EAOK_Sinod, lk 22
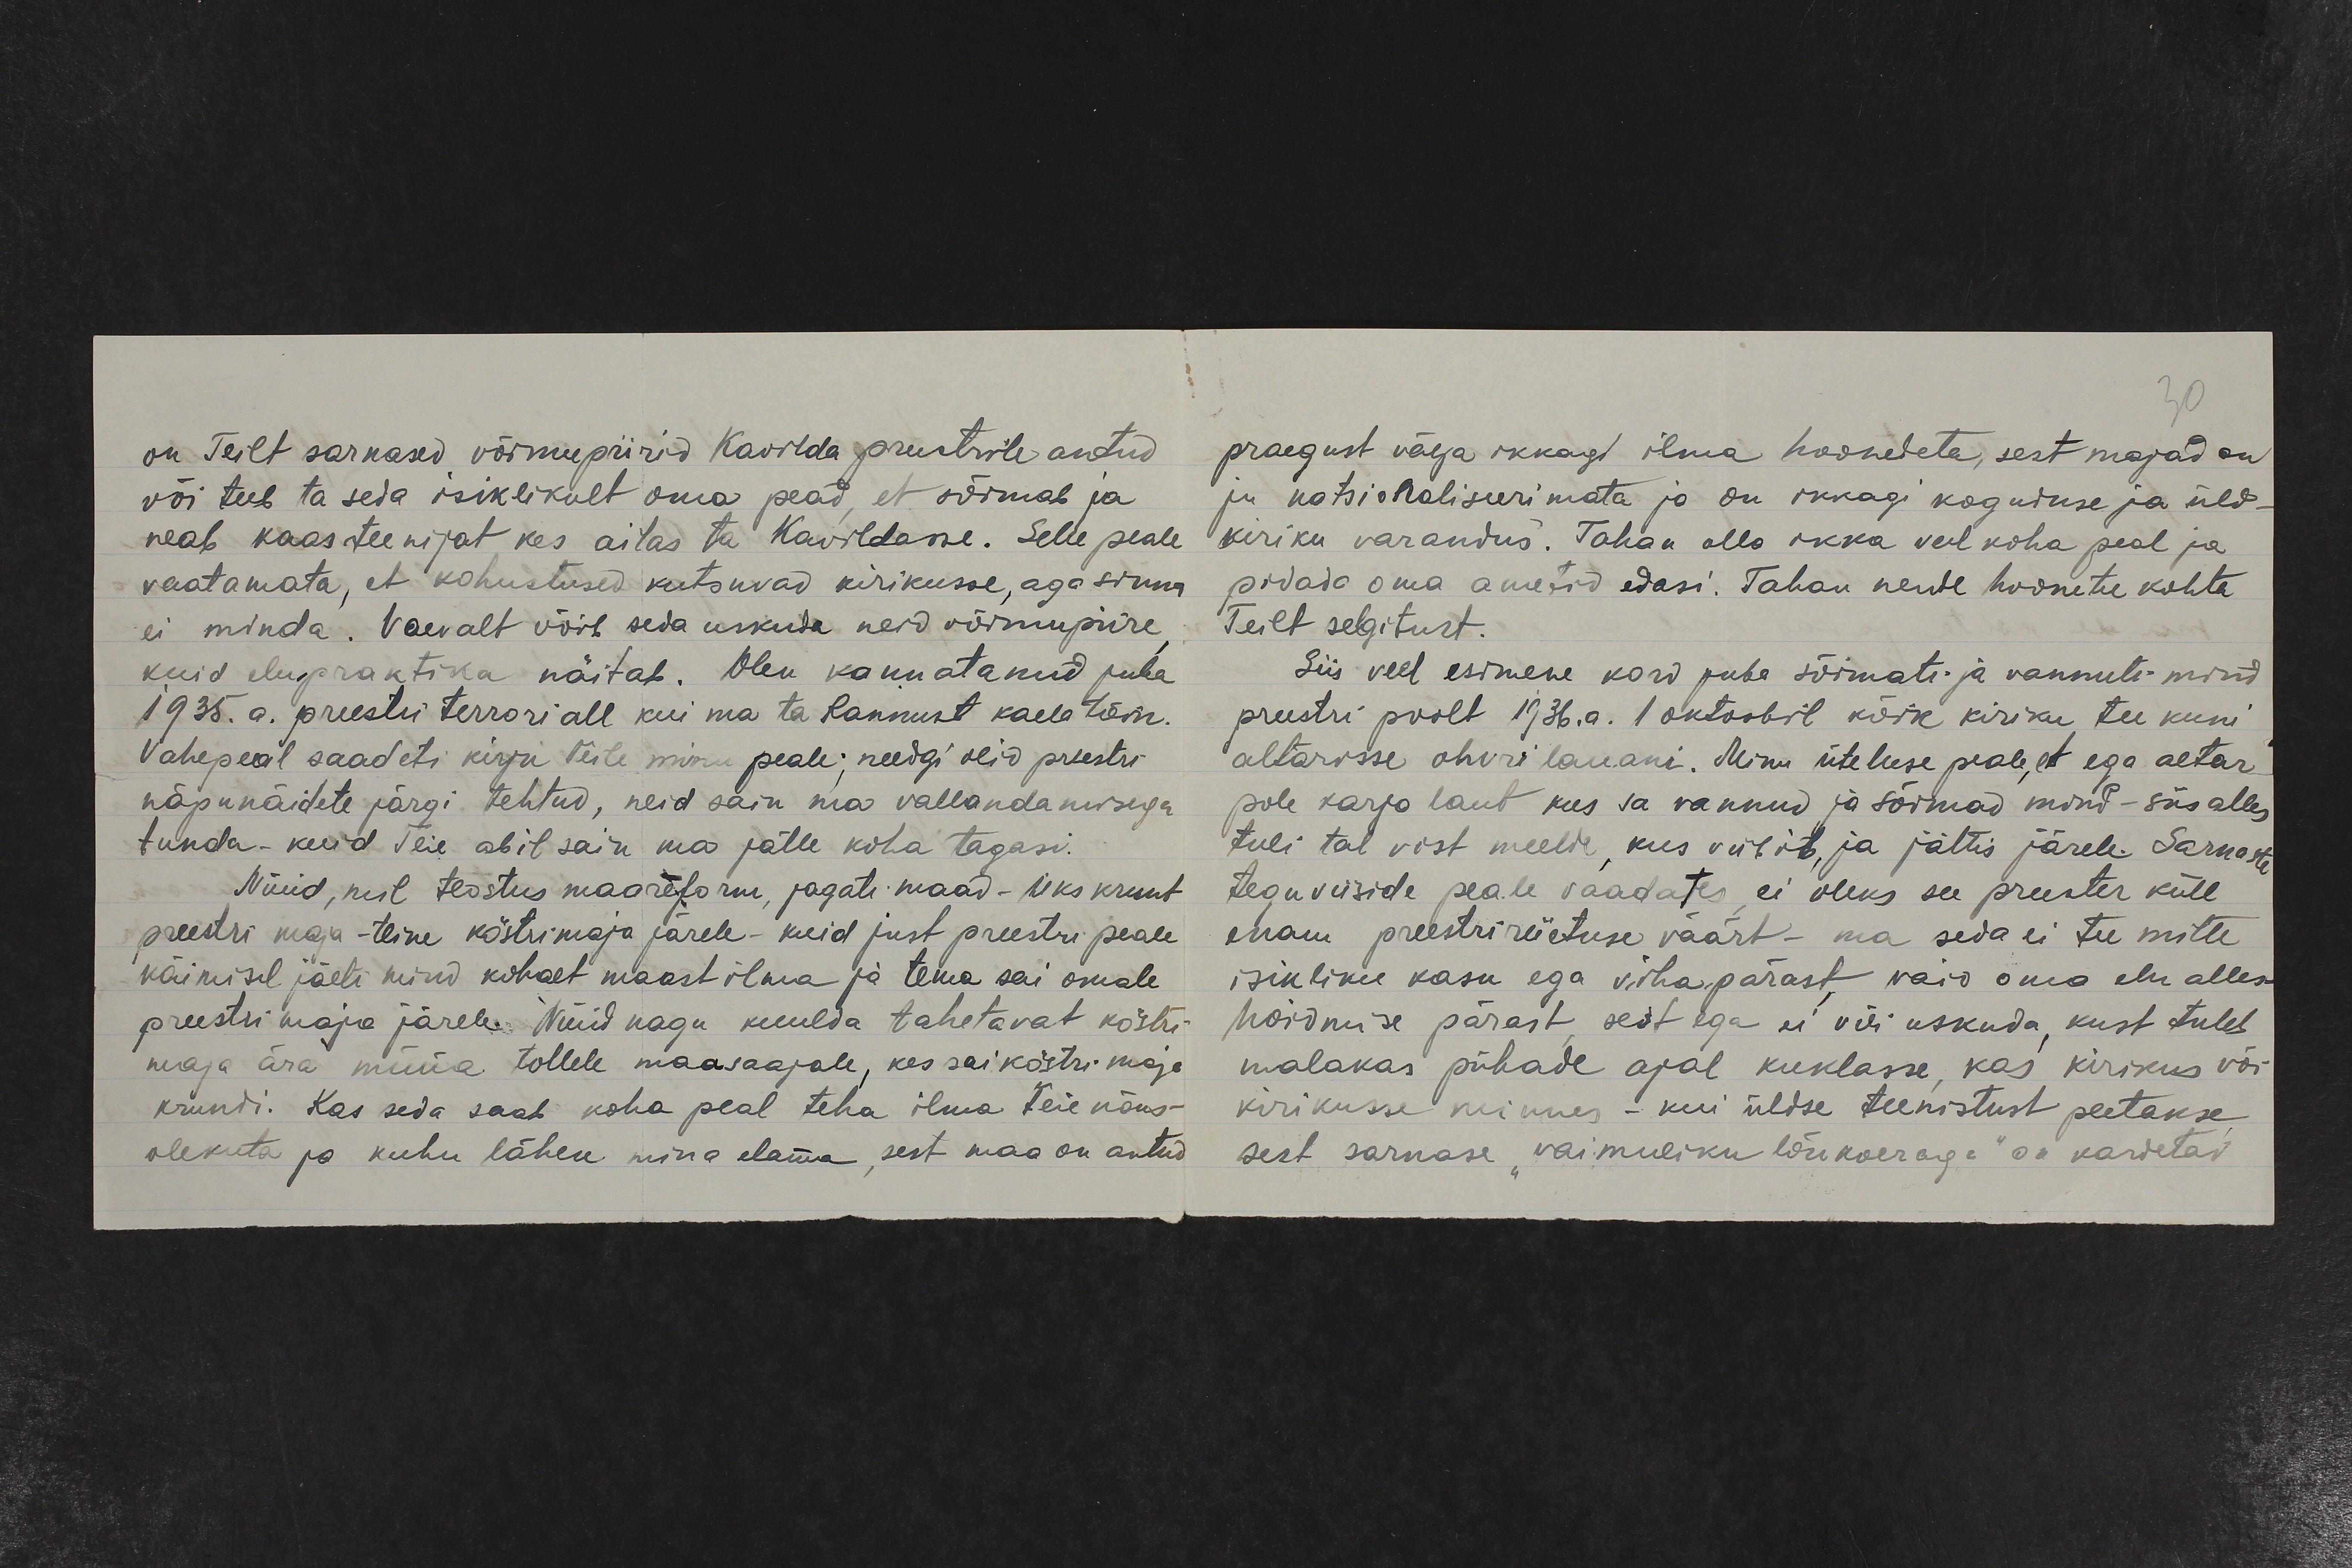
on Teilt sarnased võimupiirid Kavilda preestrile antud
või teeb ta seda isiklikult oma pead, et sõimab ja
neab kaasteenijat kes aitas ta Kavildasse. Selle peale
vaatamata, et kohustused kutsuvad kirikusse, aga sinna
ei minda. Vaevalt võib seda uskuda neid võimupiire,
kuid elupraktika näitab. Olen kannatanud juba
1935. a. preestri terrori all kui ma ta Rannust kaela tõin.
Vahepeal saadeti kirju teile minu peale; needgi olid preestri
näpunäidete järgi tehtud, neid sain ma vallandamisega
tunda – kuid Teie abil sain ma jälle koha tagasi.
Nüüd, sest teostus maareformi, jagati maad – üks krunt
preestri maja – teine köstrimaja järele – kuid just preestri peale
käimisel jäeti mind kohalt maast ilma ja tema sai omale
preestri maja järele. Nüid nagu kuulda tahetavat köstri
maja ära müüa tollele maasaajale, kes sai köstri maja
krundi. Kas seda saab koha peal teha ilma teie nõus-
olekuta ja kuhu lähen mina elama, sest maa on antud

praegust välja ikkagi ilma hoonedeta, sest majad on
ju natsionaliseerimata ja on ikkagi koguduse ja üld-
kiriku varandus. Tahan olla ikka veel koha peal ja
pidada oma ametid edasi. Tahan nende hoonete kohta
Teilt selgitust.
Siis veel esimene kord juba sõimati ja vannuti mind
preestri poolt 1936. a. 1 oktoobril kõik kiriku tee kuni
altarisse ohvri lauani. Minu üteluse peale, et ega altar
pole karja laut kus sa vannud ja sõimad mind - siis alles
tuli tal vist meelde, kus viibib ja jättis järele. Sarnast
tegu viiside peale vaadates, ei oleks see preester küll
enam preestri riietuse väärt - ma seda ei tee mitte
isikliku kasu ega viha pärast, vaid oma elu alles
hoidmise pärast, sest ega ei või uskuda, kust tuleb
malakas pühade ajal kuklasse, kas kirikus või
kirikusse minnes - kui üldse teenistust peetakse
sest sarnase "vaimuliku lõukorraga" on kardetav